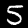
Digit: 5